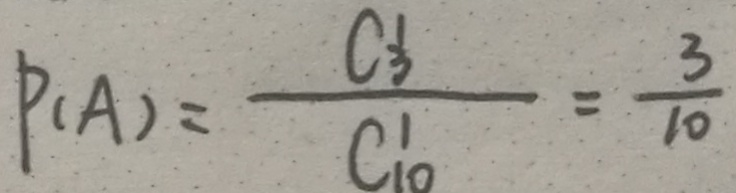
P ( A ) = \frac { C _ { 3 } } { C _ { 1 0 } ^ { 1 } } = \frac { 3 } { 1 0 }